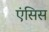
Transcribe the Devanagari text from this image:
एंसिस